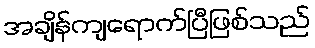
အချိန်ကျရောက်ပြီဖြစ်သည်